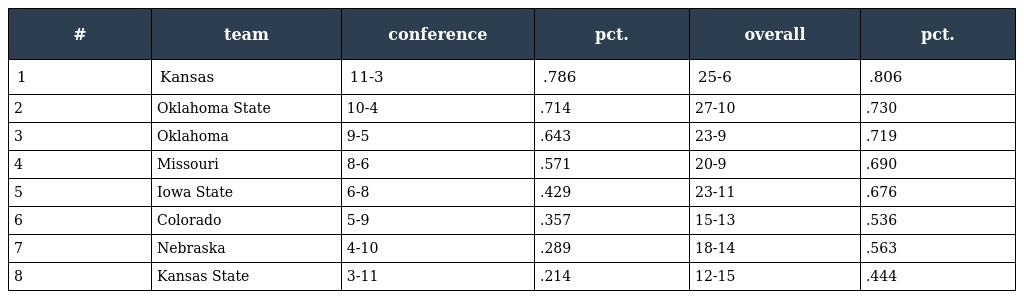
| # | team | conference | pct. | overall | pct. |
 | --- | --- | --- | --- | --- | --- |
 | 1 | Kansas | 11-3 | .786 | 25-6 | .806 |
 | 2 | Oklahoma State | 10-4 | .714 | 27-10 | .730 |
 | 3 | Oklahoma | 9-5 | .643 | 23-9 | .719 |
 | 4 | Missouri | 8-6 | .571 | 20-9 | .690 |
 | 5 | Iowa State | 6-8 | .429 | 23-11 | .676 |
 | 6 | Colorado | 5-9 | .357 | 15-13 | .536 |
 | 7 | Nebraska | 4-10 | .289 | 18-14 | .563 |
 | 8 | Kansas State | 3-11 | .214 | 12-15 | .444 |